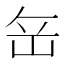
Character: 𡶠